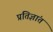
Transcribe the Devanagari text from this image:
प्रतिज्ञांत